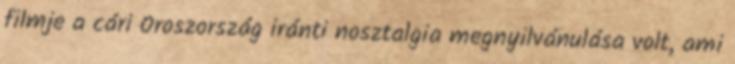
filmje a cári Oroszország iránti nosztalgia megnyilvánulása volt, ami